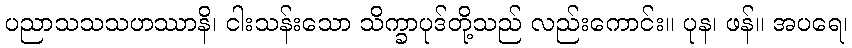
ပညာသသသဟဿာနိ၊ ငါးသန်းသော သိက္ခာပုဒ်တို့သည် လည်းကောင်း။ ပုန၊ ဖန်။ အပရေ၊